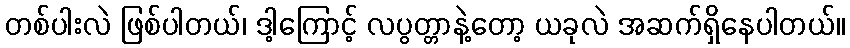
တစ်ပါးလဲ ဖြစ်ပါတယ်၊ ဒါ့ကြောင့် လပွတ္တာနဲ့တော့ ယခုလဲ အဆက်ရှိနေပါတယ်။